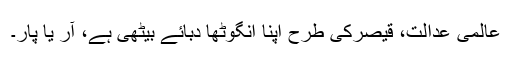
عالمی عدالت، قیصرکی طرح اپنا انگوٹھا دبائے بیٹھی ہے، آر یا پار۔